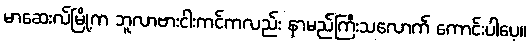
မာဆေးလ်မြို့က ဘူလာဗားငါးကင်ကလည်း နာမည်ကြီးသလောက် ကောင်းပါပေ့။